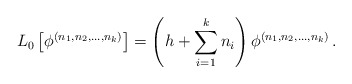
\begin{align*}L_{0}\left[\phi^{(n_{1},n_{2},...,n_{k})}\right]=\left(h+\sum_{i=1}^{k}n_{i}\right)\phi^{(n_{1},n_{2},...,n_{k})}\,.\end{align*}